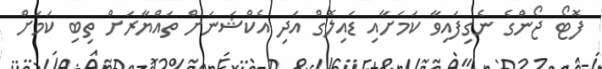
ފޮޓޯ ޖޯންގެ ނެގިފައިވާ ކަމަށާއި ޑައިލޮގް އަދި އެކްޝަނަށް ތައްޔާރަށް ތިބި ކަމަށް